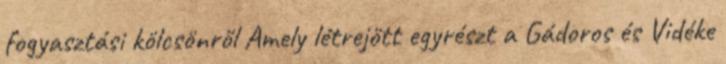
fogyasztási kölcsönről Amely létrejött egyrészt a Gádoros és Vidéke